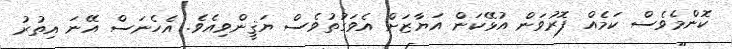
ކޮންމެވެސް ކަމެއް ފޮރުވަން އުޅޭކަން އަޔާޒަށް އެވަގުތުވެސް ޔަޤީންވިއެވެ. އެހެނަސް އޭނަ އިތުރު